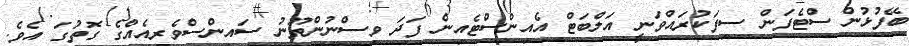
ބޭފުޅުން ސްޓެފަން ސިފަކުރައްވަނީ އަލްބަޓް އެއިންސްޓެއިން ފަދަ ވިސްނުންތޫނު ސައިންސްވެރިއެއްގެ ގޮތުގަ އެވެ.